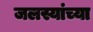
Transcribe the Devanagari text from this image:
जलस्यांच्या